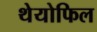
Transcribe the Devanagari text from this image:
थेयोफिल